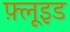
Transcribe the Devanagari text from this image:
फ़्लूइड